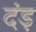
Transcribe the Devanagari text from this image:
दंड़